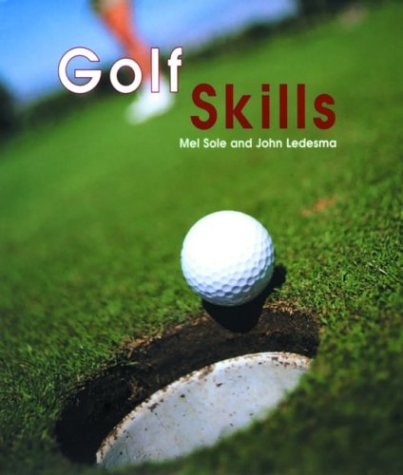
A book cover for Golf Skills; Mel Sole; Sports & Outdoors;